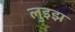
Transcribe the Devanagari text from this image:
लुइझ